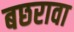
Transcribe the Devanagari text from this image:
बछरावा